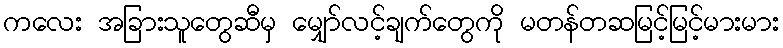
ကလေး အခြားသူတွေဆီမှ မျှော်လင့်ချက်တွေကို မတန်တဆမြင့်မြင့်မားမား